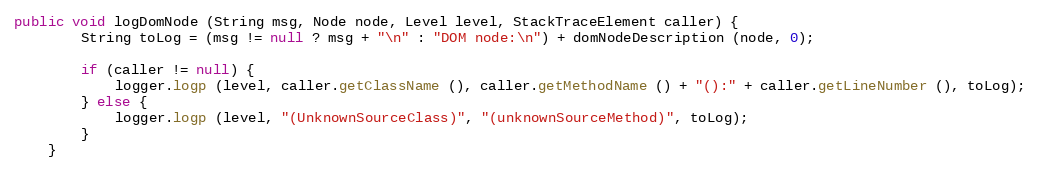
Language: Java
public void logDomNode (String msg, Node node, Level level, StackTraceElement caller) {
		String toLog = (msg != null ? msg + "\n" : "DOM node:\n") + domNodeDescription (node, 0);

		if (caller != null) {
			logger.logp (level, caller.getClassName (), caller.getMethodName () + "():" + caller.getLineNumber (), toLog);
		} else {
			logger.logp (level, "(UnknownSourceClass)", "(unknownSourceMethod)", toLog);
		}
	}